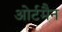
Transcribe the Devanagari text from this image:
ओर्टमैन